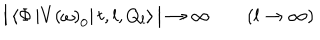
LaTeX: \big | \left\langle \Phi \left| V \left( \omega \right) _ { 0 } \right| t , l , Q _ { l } \right\rangle \big | \to \infty \qquad ( l \to \infty )